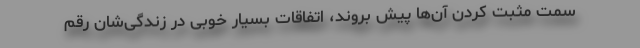
سمت مثبت کردن آن‌ها پیش بروند، اتفاقات بسیار خوبی در زندگی‌شان رقم